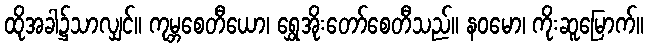
ထိုအခါ၌သာလျှင်။ ကုမ္ဘစေတီယော၊ ရွှေအိုးတော်စေတီသည်။ နဝမော၊ ကိုးဆူမြောက်။